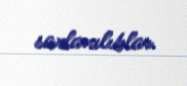
saxlanılıblar.